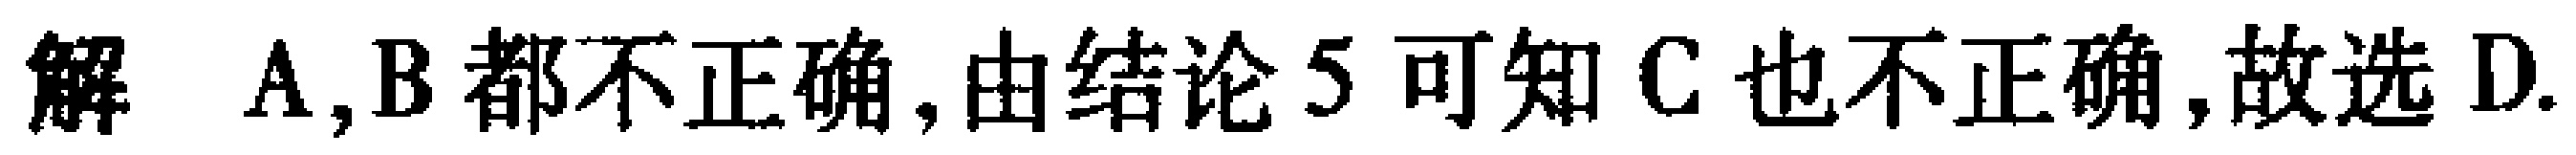
解 \(A,B\)都不正确,由结论\(5\)可知\(C\)也不正确,故选\(D\).